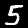
Label: 5